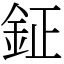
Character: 鉦